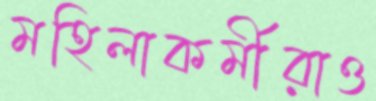
মহিলাকর্মীরাও